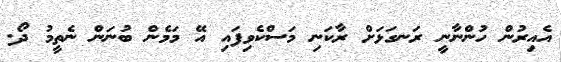
އެއިރުން ހުންނާނީ ރަނގަޅަށް ރާކަނި މަސްކެވިފައި އޭ މަމެން ބުނަން ނެތީމު ދޯ.